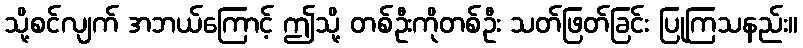
သို့စင်လျက် အဘယ်ကြောင့် ဤသို့ တစ်ဦးကိုတစ်ဦး သတ်ဖြတ်ခြင်း ပြုကြသနည်း။